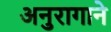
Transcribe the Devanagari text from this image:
अनुरागाने